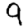
Digit: 9